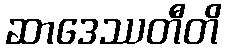
ဆာဒေဿတီတိ